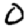
Digit: 0